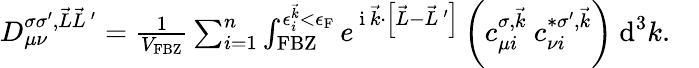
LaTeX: \begin{array}{r}{D_{\mu\nu}^{\sigma\sigma^{\prime},\vec{L}\vec{L}\, ^{\prime}}=\frac{1}{V_{\textrm{FBZ}}}\sum_{i=1}^{n}\int_{\textrm{FBZ}}^{\epsilon_{i}^{\vec{k}}<\epsilon_{\textrm{F}}}e^{\mathrm{~i~}\vec{k}\cdot\left[\vec{L}-\vec{L}\, ^{\prime}\right]}\left(c_{\mu i}^{\sigma,\vec{k}}~c_{\nu i}^{*\sigma^{\prime},\vec{k}}\right)~\textrm{d}^{3}k.\quad}\end{array}